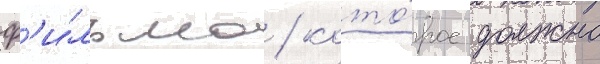
ф'и́льма / кото́рое должно